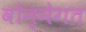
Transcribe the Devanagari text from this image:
वोन्नेगत